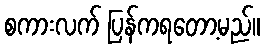
စကားလက် ပြန်ကရတော့မည်။